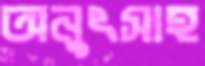
অনুৎসাহ